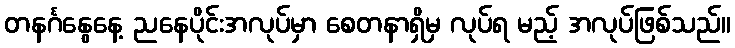
တနင်္ဂနွေနေ့ ညနေပိုင်းအလုပ်မှာ စေတနာရှိမှ လုပ်ရ မည့် အလုပ်ဖြစ်သည်။